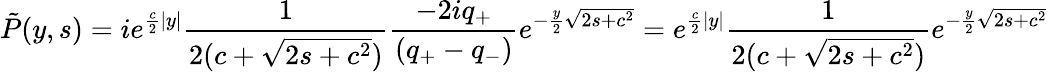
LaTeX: \tilde{P}(y,s)=ie^{\frac{c}{2}|y|}\frac{1}{2(c+\sqrt{2s+c^{2}})}\frac{-2iq_{+}}{(q_{+}-q_{-})}e^{-\frac{y}{2}\sqrt{2s+c^{2}}}=e^{\frac{c}{2}|y|}\frac{1}{2(c+\sqrt{2s+c^{2}})}e^{-\frac{y}{2}\sqrt{2s+c^{2}}}